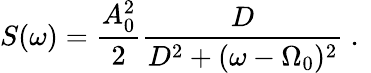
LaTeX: S(\omega)=\frac{A_{0}^{2}}{2}\frac{D}{D^{2}+(\omega-\Omega_{0})^{2}}\mathrm{~.~}